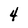
Character: 4